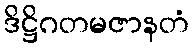
ဒိဋ္ဌိဂတမဇာနတံ